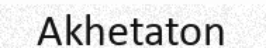
Akhetaton